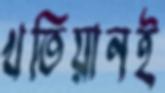
খতিয়ানই